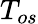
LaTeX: T_{os}